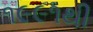
૧૯૯૧થી